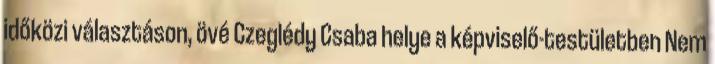
időközi választáson, övé Czeglédy Csaba helye a képviselő-testületben Nem